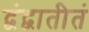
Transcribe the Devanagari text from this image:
द्वंद्वातीतं